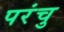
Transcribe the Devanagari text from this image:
परंचु